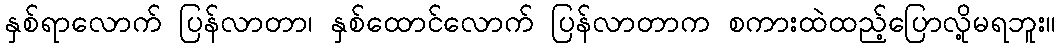
နှစ်ရာလောက် ပြန်လာတာ၊ နှစ်ထောင်လောက် ပြန်လာတာက စကားထဲထည့်ပြောလို့မရဘူး။